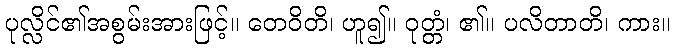
ပုလ္လိင်၏အစွမ်းအားဖြင့်။ တေဝိတိ၊ ဟူ၍။ ဝုတ္တံ၊ ၏။ ပလိတာတိ၊ ကား။